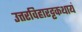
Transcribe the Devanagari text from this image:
उत्तरविहारट्टकथायं